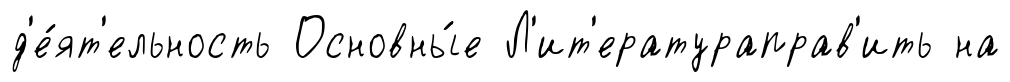
д'е́ят'ельность Основны́е Л'ит'ератураправ'ить на